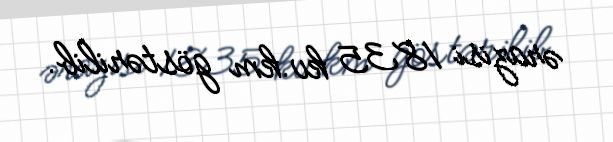
ərazisi 1835 kv.km göstərilib.